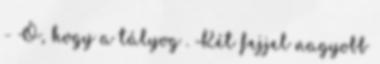
- Ó, hogy a tályog . Két fejjel nagyobb